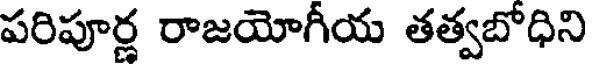
పరిపూర్ణ రాజయోగీయ తత్వబోధిని